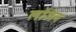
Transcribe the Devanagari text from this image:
लॉजेन